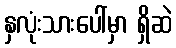
နှလုံးသားပေါ်မှာ ရှိဆဲ